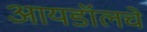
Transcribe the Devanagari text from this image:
आयडॉलचे